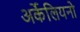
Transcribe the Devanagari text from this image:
अर्केलियनो